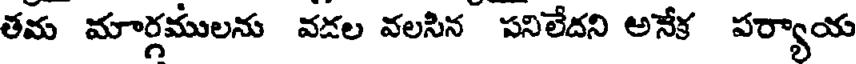
తమ మార్గములను వడల వలసిన పనిలేదని అనేక పర్యాయ